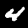
Digit: 4